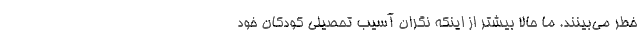
خطر می‌بینند. ما حالا بیشتر از اینکه نگران آسیب تحصیلی کودکان خود